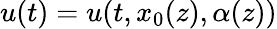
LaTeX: u(t)=u(t,x_{0}(z),\alpha(z))